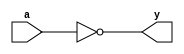
module _inv(a,y); // this module makes inverter
input a; // define input a
output y; // define output y
assign y = ~a; // y is a's inverse
endmodule // end of module

module _nand2(a,b,y); // this module makes 2 input nand gate
input a,b; // define input a,b
output y; // define output y
assign y = ~(a&b); // y is (a and b)'s inverse
endmodule // end of module

module _and2(a,b,y); // this module makes 2 input and gate
input a,b; // define input a,b
output y; // define output y
assign y = a & b; // y is a and b 
endmodule // end of module

module _or2(a,b,y); // this module makes 2 input or gate
input a,b; // define input a,b
output y; // define output y
assign y = a | b; // y is a or b 
endmodule // end of module

module _xor2(a,b,y); // this module makes 2 input xor gate
input a,b; // define input a,b
output y; // define output y
wire inv_a, inv_b; // inv_a means a's inverse, inv_b means b's inverse
wire w0, w1; // w0 means inv_a & b, w1 means a & inv_b
_inv U0_inv(.a(a), .y(inv_a)); // Find inv_a by inv operation of a 
_inv U1_inv(.a(b), .y(inv_b)); // Find inv_b by inv operation of b
_and2 U2_and2(.a(inv_a), .b(b), .y(w0)); // Find w0 by AND operation of inv_a and b
_and2 U3_and2(.a(a), .b(inv_b), .y(w1)); // Find w1 by AND operation of inv_b and a
_or2 U4_or2(.a(w0), .b(w1), .y(y)); // Find y by OR operation of w0 and w1
endmodule // end of module

module _and3(a,b,c,y); // this module makes 3 input and gate
input a,b,c; // define input a,b,c
output y; // define  output y
assign y = a & b & c; // y is a and b and c
endmodule // end of module

module _and4(a,b,c,d,y); // this module makes 4 input and gate
input a,b,c,d; // define input a,b,c,d
output y; // define output y
assign y = a & b & c & d; // y is a and b and c and d
endmodule // end of module

module _and5(a,b,c,d,e,y); // this module makes 5 input and gate
input a,b,c,d,e; // define input a,b,c,d,e
output y; // define output y
assign y = a & b & c & d & e; // y is a and b and c and d and e
endmodule // end of module

module _or3(a,b,c,y);// this module makes 3 input or gate
input a,b,c; // define input a,b,c
output y; // define output y
assign y= a | b | c; // y is a or b or c
endmodule // end of module

module _or4(a,b,c,d,y); // this module makes 4 input or gate
input a,b,c,d; // define input a,b,c,d
output y; // define output y
assign y = a | b | c | d; // y is a or b or c or d
endmodule // end of module

module _or5(a,b,c,d,e,y); // this module makes 5 input or gate
input a,b,c,d,e; // define input a,b,c,d,e
output y; // define output y
assign y = a | b | c | d | e; // define y is a or b or c or d or e
endmodule // end of module

module _inv_4bits(a,y); // this module makes 4 bits inverter 
input [3:0] a; // define 4 bits input a
output [3:0] y; // define 4 bits output y
assign y = ~a; // y is not a
endmodule // end of module

module _and2_4bits(a,b,y); // this module makes 4 bits and gate
input [3:0] a,b; // define 4 bits input a,b
output [3:0] y; // define 4 bits output y
assign y = a&b; // y is a and b
endmodule // end of module

module _or2_4bits(a,b,y); // this module makes 4 bits and gate
input [3:0] a,b; // define 4 bits  input a,b
output [3:0] y; // define 4 bits output y
assign y =a|b; // y is a or b
endmodule // end of module

module _xor2_4bits(a,b,y); // this module makes 4 bits xor gate
input [3:0] a,b; // define 4 bits input a,b
output [3:0] y; // define 4 bits output y
	_xor2 U0_xor2( // first _XOR2 instacne
	.a(a[0]),
	.b(b[0]), 
	.y(y[0])
	);
	_xor2 U1_xor2( // second _XOR2 instance
	.a(a[1]),
	.b(b[1]),
	.y(y[1])
	);
	_xor2 U2_xor2( // third _XOR2 instance
	.a(a[2]),
	.b(b[2]),
	.y(y[2])
	);
	_xor2 U3_xor2( // fourth _XOR2 instance
	.a(a[3]),
	.b(b[3]),
	.y(y[3])
	);
endmodule // end of module

module _xnor2_4bits(a,b,y); // this module makes 4 bits xnor gate
input [3:0] a,b; // define 4 bits input a,b
output [3:0] y; // define 4 bits output y
wire [3:0] w0; // define 4 bits wire w0
	_xor2_4bits U0_xor2_4bits( // instance _XOR2_4bits 
	.a(a),
	.b(b),
	.y(w0)
	);
	_inv_4bits U1_inv_4bits( // instance _inv_4bits
	.a(w0),
	.y(y)
	);
endmodule // end of module